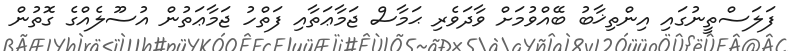
ފަލަސްތީނުގައި އިންތިޚާބު ބޭއްވުމަށް ވާދަވެރި ޙަމާސް ޖަމާޢަތާއި ފަތްހު ޖަމާޢަތުން އުސޫލެއްގެ ގޮތުން